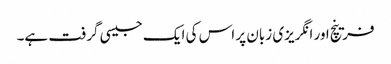
فرینچ اور انگریزی زبان پر اس کی ایک جیسی گرفت ہے۔